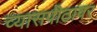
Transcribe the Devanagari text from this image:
व्‍यासपीठावर